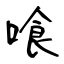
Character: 喰